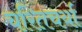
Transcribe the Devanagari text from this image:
चरितचर्या